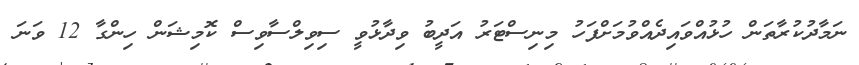
ނަމާދުކުރާތަން ހުޅުއްވައިދެއްވުމަށްފަހު މިނިސްޓަރު އަދީބު ވިދާޅުވީ ސިވިލްސާވިސް ކޮމިޝަން ހިންގާ 12 ވަނަ